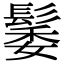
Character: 䰀